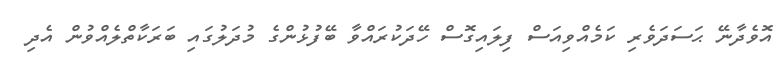
އޮވެދާނޭ ޙަސަދަވެރި ކަމެއްވިއަސް ފިލައިގޮސް ހޭދަކުރައްވާ ބޭފުޅުންގެ މުދަލުގައި ބަރަކާތްލެއްވުން އެދި